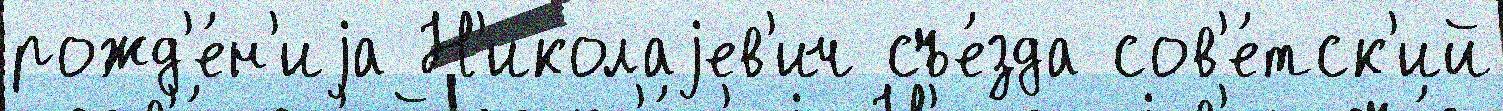
рожд'е́н'иjа Н'иколаjев'ич съе́зда сов'е́тск'ий